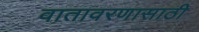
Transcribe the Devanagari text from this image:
वातावरणासाठी